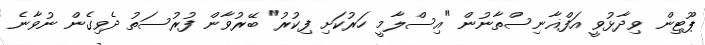
ޕޫޓިން ވިދާޅުވީ އަފްޣާނިސްތާނުން "އިސްލާމީ ހަރުކަށި ފިކުރު" ބޭރުވާން ފުރުސަތު ދެވިގެން ނުވާނެ